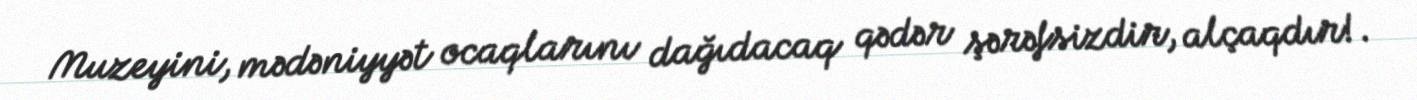
Muzeyini, mədəniyyət ocaqlarını dağıdacaq qədər şərəfsizdir, alçaqdır!.